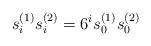
LaTeX: \begin{align*}s_i^{(1)}s_i^{(2)}=6^{i}s_0^{(1)}s_0^{(2)}\end{align*}